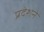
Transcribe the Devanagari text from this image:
प्रदेशने